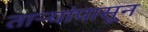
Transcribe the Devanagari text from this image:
तार्‍यांपासून